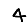
Digit: 4